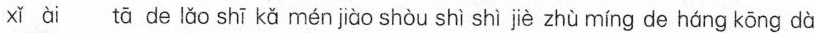
xòde l5o shl kǎ nénjǜo snóu shì jiù zhù ming de hǚng kōng dà